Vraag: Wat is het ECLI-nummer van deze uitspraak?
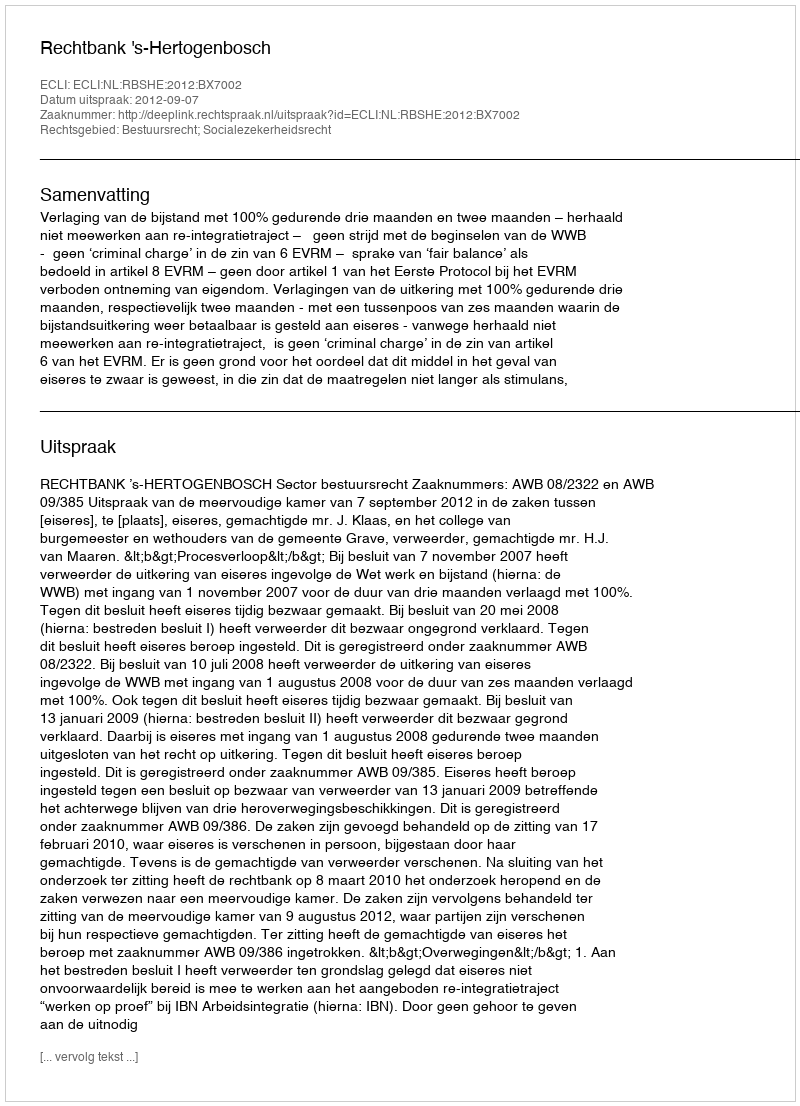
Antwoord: ECLI:NL:RBSHE:2012:BX7002